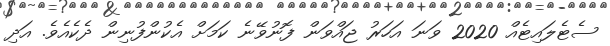
ސެޓެލައިޓެއް 2020 ވަނަ އަހަރު ޖައްވަން ފޮނުވޭނެ ކަމަށް އެކުުންފުނިން ދެކެއެވެ. އަދި